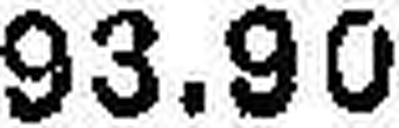
93.90